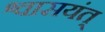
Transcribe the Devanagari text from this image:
श्वासयंत्